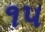
૧૫